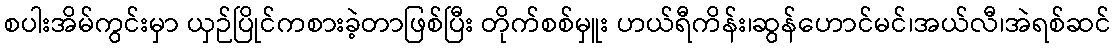
စပါးအိမ်ကွင်းမှာ ယှဉ်ပြိုင်ကစားခဲ့တာဖြစ်ပြီး တိုက်စစ်မှူး ဟယ်ရီကိန်း၊ဆွန်ဟောင်မင်၊အယ်လီ၊အဲရစ်ဆင်